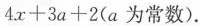
$$4x+3a+2$$(a为常数)。